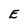
Character: E